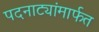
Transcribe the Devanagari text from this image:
पदनाट्यांमार्फत